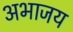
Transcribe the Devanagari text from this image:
अभाजय